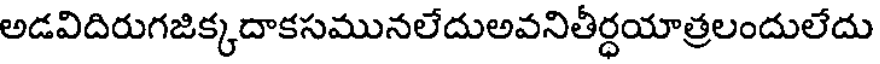
అడవిదిరుగజిక్కదాకసమునలేదుఅవనితీర్ధయాత్రలందులేదు